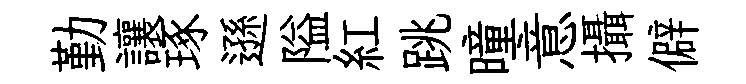
勤讓琢遜隘紅跳曈意攝僻